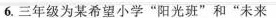
6.三年级为某希望小学”阳光班”和”未来